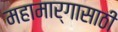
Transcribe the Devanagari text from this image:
महामार्गासाठी